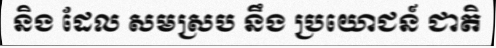
និង ដែល សមស្រប នឹង ប្រយោជន៍ ជាតិ